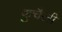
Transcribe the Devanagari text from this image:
कुचैली